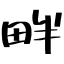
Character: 畔